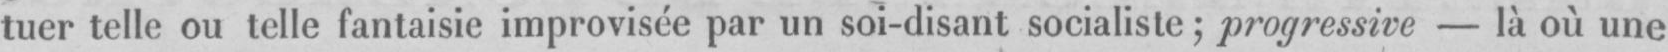
tuer telle ou telle fantaisie improvisée par un soi-disant socialiste; progressive - là où une